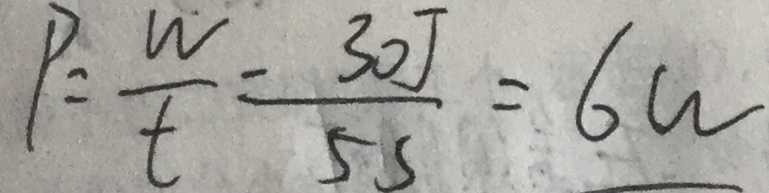
P = \frac { w } { t } = \frac { 3 0 J } { 5 S } = 6 W